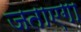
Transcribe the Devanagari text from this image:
जताएगा